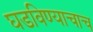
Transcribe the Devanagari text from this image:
घडविण्याचाच